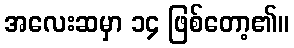
အလေးဆမှာ ၁၄ ဖြစ်တော့၏။